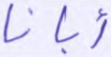
أبانا